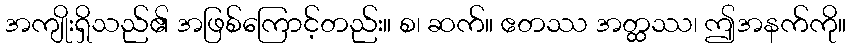
အကျိုးရှိသည်၏ အဖြစ်ကြောင့်တည်း။ စ၊ ဆက်။ ဧတဿ အတ္ထဿ၊ ဤအနက်ကို။